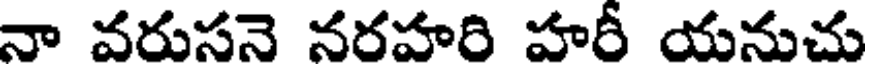
నా వరుసనె నరహరి హరీ యనుచు